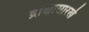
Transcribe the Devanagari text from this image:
द्राक्षासारखे